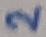
Text: 2